Vaccination report Assam 1896-1927 - 1896-1927
Year: 1896
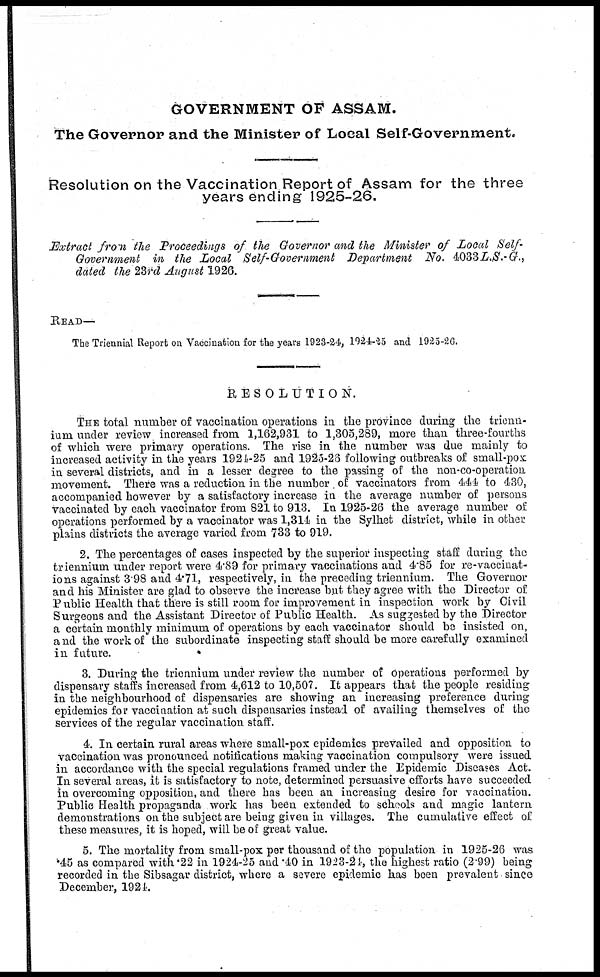
GOVERNMENT OF ASSAM.
The Governor and the Minister of Local Self-Government.
Resolution on the Vaccination Report of Assam for the three
years ending 1925-26.
Extract from the Proceedings of the Governor and the Minister of Local Self
Government in the Local Self-Government
Department No. 4033L.S.-G.,
dated the 23rd August 1926.
READ—
The Triennial Report on Vaccination for the years 1923-24, 1924-25 and 1925-26.
RESOLUTION.
THE total number of vaccination operations in the province during the trienn¬
ium under review increased from 1,162,931 to 1,305,289, more than three-fourths
of which were primary operations. The rise in the number was due mainly to
increased activity in the years 1924-25 and 1925-26 following outbreaks of small-pox
in several districts, and in a lesser degree to the passing of the non-co-operation
movement. There was a reduction in the number of vaccinators from 444 to 430,
accompanied however by a satisfactory increase in the average number of persons
vaccinated by each vaccinator from 821 to 913. In 1925-26 the average number of
operations performed by a vaccinator was 1,314 in the Sylhet district, while in other
plains districts the average varied from 733 to 919.
2. The percentages of cases inspected by the superior inspecting staff during the
triennium under report were 4.89 for primary vaccinations and 4.85 for re-vaccinat-
ions against 3.98 and 4.71, respectively, in the preceding triennium. The Governor
and his Minister are glad to observe the increase but they agree with the Director of
Public Health that there is still room for improvement in inspection work by Civil
Surgeons and the Assistant Director of Public Health. As suggested by the Director
a certain monthly minimum of operations by each vaccinator should be insisted on,
and the work of the subordinate inspecting staff should be more carefully examined
in future.
3. During the triennium under review the number of operations performed by
dispensary staffs increased from 4,612 to 10,507. It appears that the people residing
in the neighbourhood of dispensaries are showing an increasing preference during
epidemics for vaccination at such dispensaries instead of availing themselves of the
services of the regular vaccination staff.
4. In certain rural areas where small-pox epidemics prevailed and opposition to
vaccination was pronounced notifications making vaccination compulsory were issued
in accordance with the special regulations framed under the Epidemic Diseases Act.
In several areas, it is satisfactory to note, determined persuasive efforts have succeeded
in overcoming opposition, and there has been an increasing desire for vaccination.
Public Health propaganda work has been extended to schools and magic lantern
demonstrations on the subject are being given in villages. The cumulative effect of
these measures, it is hoped, will be of great value.
5. The mortality from small-pox per thousand of the population in 1925-26 was
.45 as compared with .22 in 1924-25 and .40 in 1923-24, the highest ratio (2.99) being
recorded in the Sibsagar district, where a severe epidemic has been prevalent since
December, 1924.